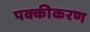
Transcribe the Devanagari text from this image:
पक्कीकरण